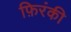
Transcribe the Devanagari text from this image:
फ़िरंकी